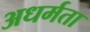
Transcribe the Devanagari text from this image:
अधर्मता